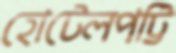
হোটেলপট্টি